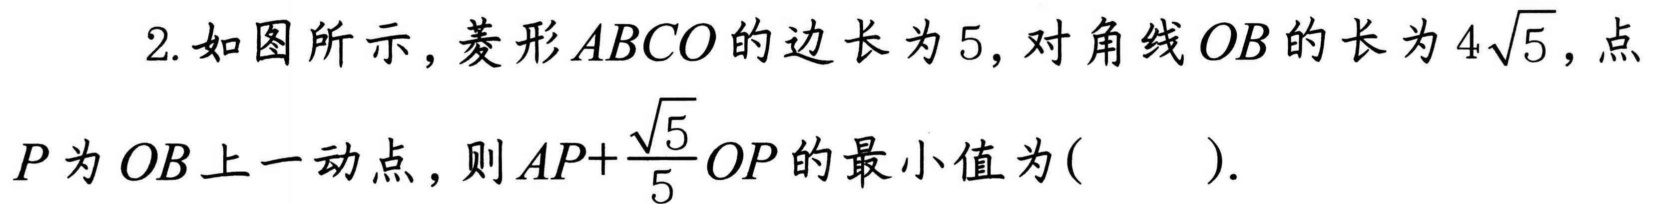
2. 如图所示，菱形\(ABCO\)的边长为\(5\)，对角线\(OB\)的长为\(4\sqrt{5}\)，点\(P\)为\(OB\)上一动点，则\(AP + \frac{\sqrt{5}}{5}OP\)的最小值为(  ).